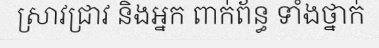
ស្រាវជ្រាវ និងអ្នក ពាក់ព័ន្ធ ទាំងថ្នាក់